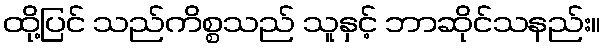
ထို့ပြင် သည်ကိစ္စသည် သူနှင့် ဘာဆိုင်သနည်း။